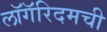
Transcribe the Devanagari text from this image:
लॉगॅरिदमची